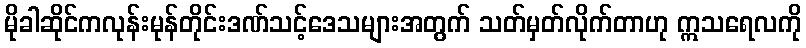
မိုခါဆိုင်ကလုန်းမုန်တိုင်းဒဏ်သင့်ဒေသများအတွက် သတ်မှတ်လိုက်တာဟု ဣသရေလကို